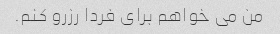
من می خواهم برای فردا رزرو کنم.